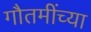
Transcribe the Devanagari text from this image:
गौतमींच्या